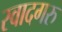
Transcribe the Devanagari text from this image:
स्वादगरु